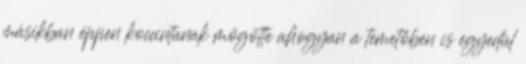
másikban éppen koccintanak mögötte ahogyan a temetőben is egyedül